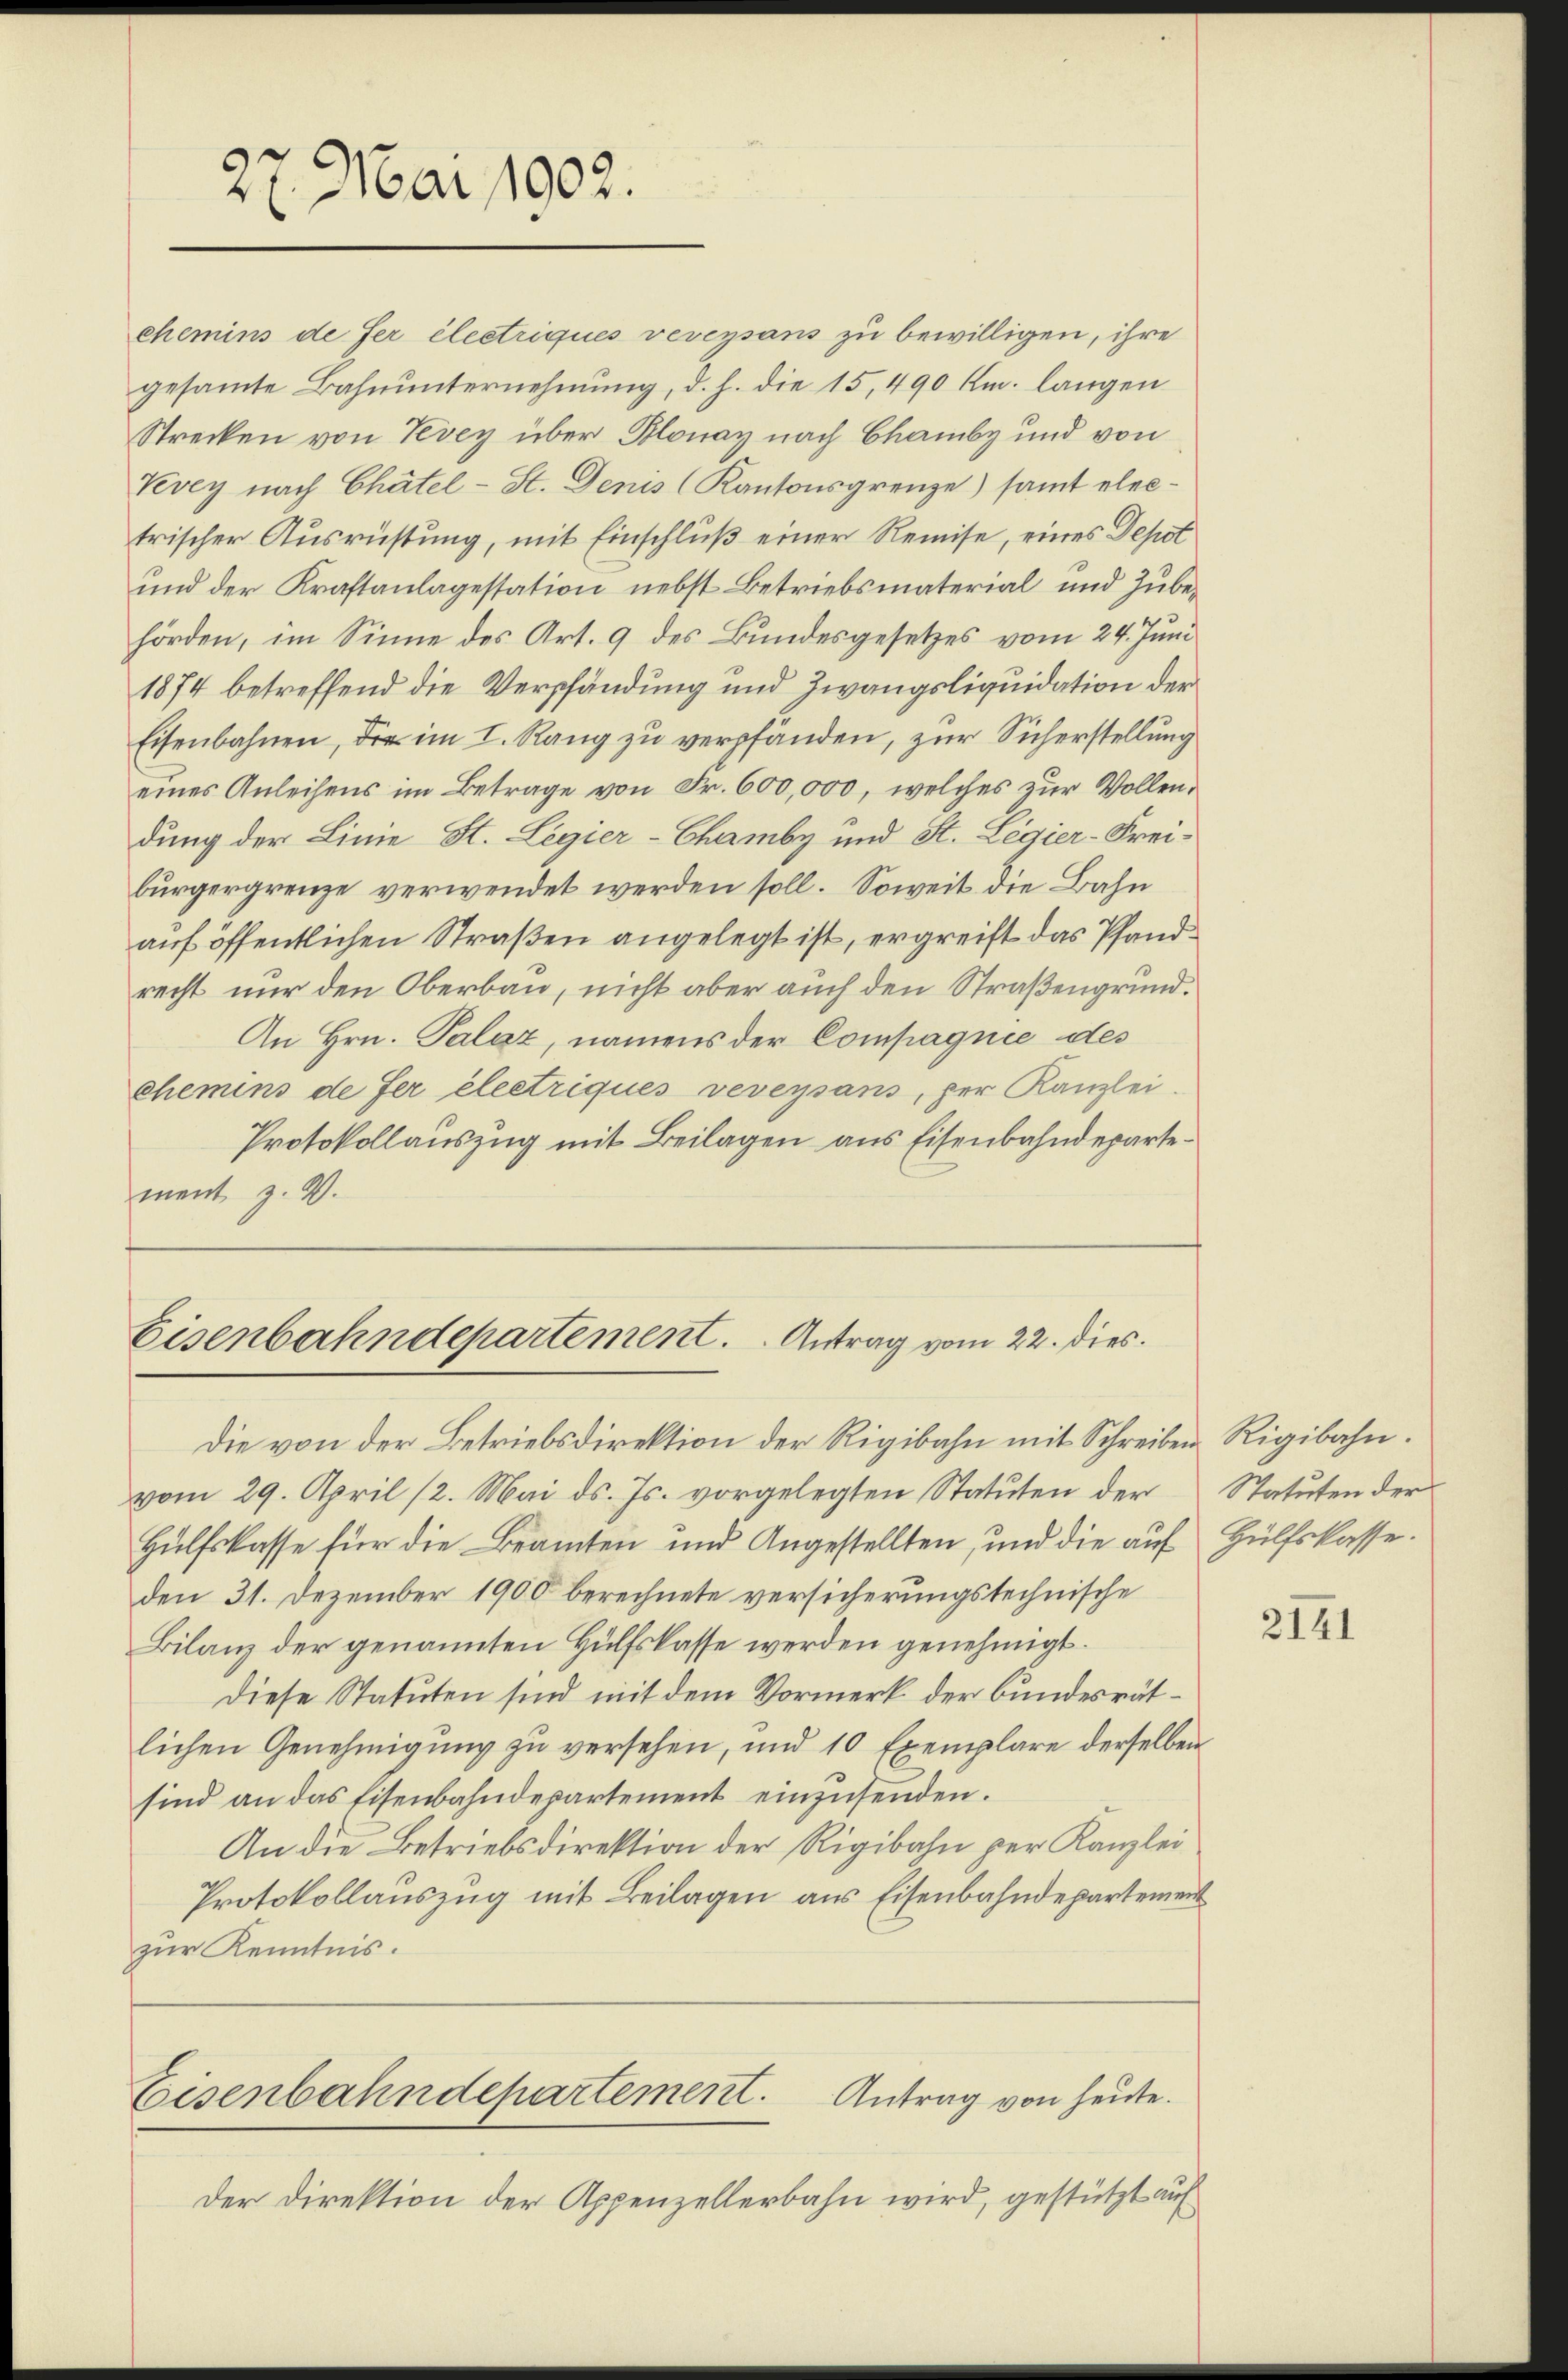
27. Mai 1902.

Vevey nach Chätel-St. Denis (Kantonsgrenze) samt electrischer Ausrüstung, mit Einschluß einer Remise, eines Depot
und der Kraftanlagestation nebst Betriebsmaterial und Zubehörden, im Sinne des Art. 9 des Bundesgesetzes vom 24. Juni
1874 betreffend die Verpfändung und Zwangsliquidation der
Eisenbahnen, die im I. Rang zu verpfänden, zur Sicherstellung
eines Anleihens im Betrage von Fr. 600,000, welches zur Vollendung der Linie St. Legier-Chamby und St. Legier-Freibürgergrenze verwendet werden soll. Soweit die Bahn
auf öffentlichen Straßen angelegt ist, ergreift das Pfandrecht nur den Oberbau, nicht aber auch den Straßengrund.
An Hrn. Palaz, namens der Compagnie des
chemins de fer electriques veveysans, per Kanzlei.
Protokollauszug mit Beilagen aus Eisenbahndepartement z. B.

Eisenbahndepartement. Antrag vom 22. dies.

chemins de fer électriques vevegsans zu bewilligen, ihre
gesammte Bahnunternehmung, d. h. die 15,490 Km. langen
Strecken von Vevey über Blonay nach Chamby und von

Die von der Betriebsdirektion der Rigibahn mit Schreiben Rigibahn.
vom 29. April 12. Mai d. Js. vorgelegten Statuten der
Hülfskasse für die Bramten und Angestellten, und die auf Hülfskasse.
den 31. Dezember 1900 berechnete versicherungstechnische
Bilanz der genannten Hülfskasse werden genehmigt.
Diese Statuten sind mit dem Vormerk der bundesrätlichen Genehmigung zu versehen, und 10 Exemplare derselben
sind an das Eisenbahndepartement einzusenden.
An die Betriebsdirektion der Rigibahn per Kanzlei
Protokollauszug mit Beilagen aus Eisenbahndepartement
zur Kenntnis.
Eisenbahndepartement. Antrag von heute.
Der Direktion der Appenzellerbahn wird, gestützt auf

Statuten der

2141